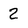
Character: 2